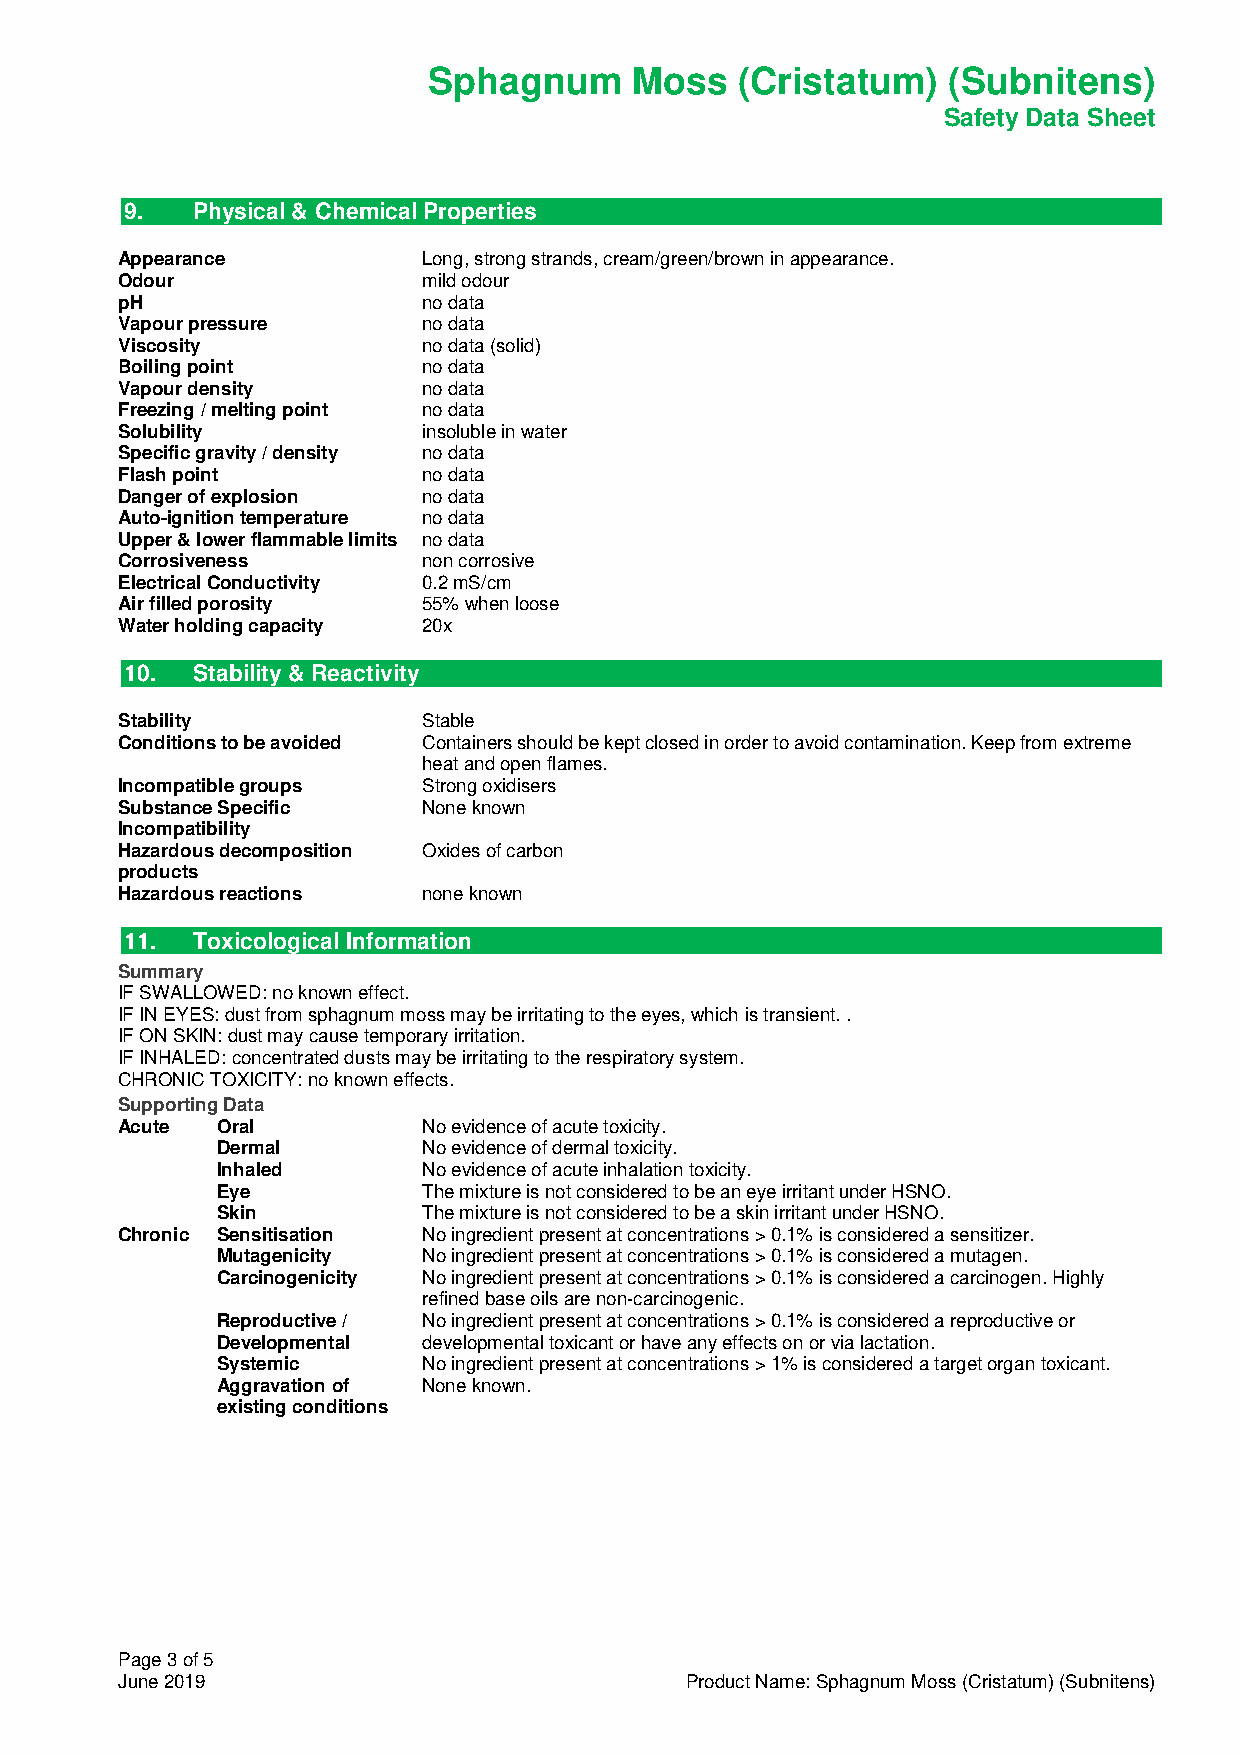
Sphagnum      Moss   (Cristatum)   (Subnitens)
 Safety Data Sheet
 9.   Physical & Chemical Properties
 Appearance          Long, strong strands, cream/green/brown in appearance.
 Odour               mild odour
 pH                  no data
 Vapour pressure     no data
 Viscosity           no data (solid)
 Boiling point       no data
 Vapour density      no data
 Freezing / melting point no data
 Solubility          insoluble in water
 Specific gravity / density no data
 Flash point         no data
 Danger of explosion no data
 Auto-ignition temperature no data
 Upper & lower flammable limits no data
 Corrosiveness       non corrosive
 Electrical Conductivity 0.2 mS/cm
 Air filled porosity 55% when loose
 Water holding capacity 20x
 10.  Stability & Reactivity
 Stability           Stable
 Conditions to be avoided Containers should be kept closed in order to avoid contamination. Keep from extreme
 heat and open flames.
 Incompatible groups Strong oxidisers
 Substance Specific  None known
 Incompatibility
 Hazardous decomposition Oxides of carbon
 products
 Hazardous reactions none known
 11.  Toxicological Information
 Summary
 IF SWALLOWED: no known effect.
 IF IN EYES: dust from sphagnum moss may be irritating to the eyes, which is transient. .
 IF ON SKIN: dust may cause temporary irritation.
 IF INHALED: concentrated dusts may be irritating to the respiratory system.
 CHRONIC TOXICITY: no known effects.
 Supporting Data
 Acute Oral          No evidence of acute toxicity.
 Dermal        No evidence of dermal toxicity.
 Inhaled       No evidence of acute inhalation toxicity.
 Eye           The mixture is not considered to be an eye irritant under HSNO.
 Skin          The mixture is not considered to be a skin irritant under HSNO.
 Chronic Sensitisation No ingredient present at concentrations > 0.1% is considered a sensitizer.
 Mutagenicity  No ingredient present at concentrations > 0.1% is considered a mutagen.
 Carcinogenicity No ingredient present at concentrations > 0.1% is considered a carcinogen. Highly
 refined base oils are non-carcinogenic.
 Reproductive / No ingredient present at concentrations > 0.1% is considered a reproductive or
 Developmental developmental toxicant or have any effects on or via lactation.
 Systemic      No ingredient present at concentrations > 1% is considered a target organ toxicant.
 Aggravation of None known.
 existing conditions
 Page 3 of 5
 June 2019                            Product Name: Sphagnum Moss (Cristatum) (Subnitens)